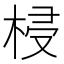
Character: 梫